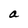
Character: a